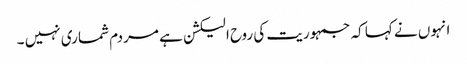
انہوں نے کہا کہ جمہوریت کی روح الیکشن ہے مردم شماری نہیں ۔